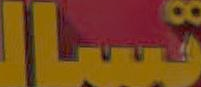
تسال